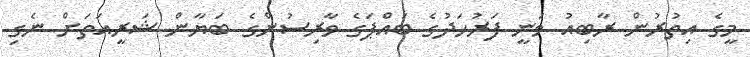
މީގެ އިތުރުން ރާބިއު ވަނީ ފަރުހަދުގެ ބައްޕަގެ ވާރިސުންގެ ބަޔާން ޝަރީއަތަށް ނެގި